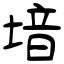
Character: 堷